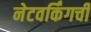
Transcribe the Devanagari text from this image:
नेटवर्किंगची